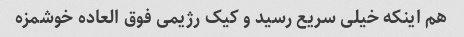
هم اینکه خیلی سریع رسید و کیک رژیمی فوق العاده خوشمزه